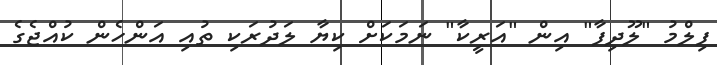
ފިލްމު "ލޫދިފާ" އިން "އަރީކާ" ނަމަކަށް ކިޔާ ލަދުރަކި ތުއި އަންހެން ކުއްޖެގެ